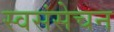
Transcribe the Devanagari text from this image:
स्वसंसेचन